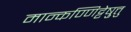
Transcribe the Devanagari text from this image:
मान्कण्णिट्टेषु़त्तु